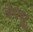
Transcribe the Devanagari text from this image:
डेफ्यू